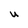
Character: U